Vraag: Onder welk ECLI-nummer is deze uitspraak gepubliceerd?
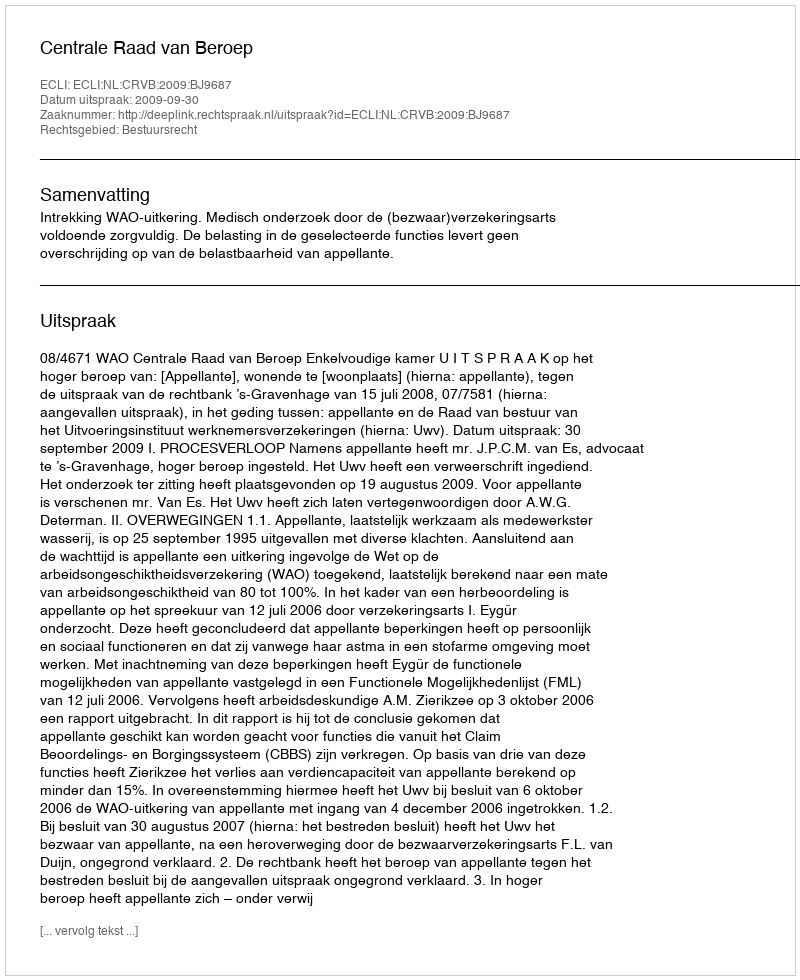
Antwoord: ECLI:NL:CRVB:2009:BJ9687